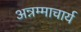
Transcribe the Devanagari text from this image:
अन्नम्माचार्य